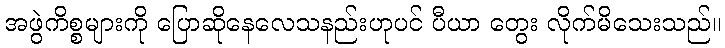
အဖွဲကိစ္စများကို ပြောဆိုနေလေသနည်းဟုပင် ပီယာ တွေး လိုက်မိသေးသည်။